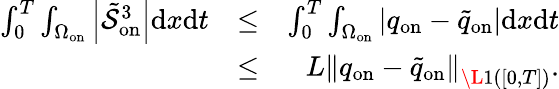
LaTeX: \begin{array}{rlr}{\int_{0}^{T}\int_{\Omega_{\mathrm{on}}}\left|\tilde{\mathcal{S}}_{\mathrm{on}}^{3}\right|\mathrm{d}x\mathrm{d}t}&{\leq}&{\int_{0}^{T}\int_{\Omega_{\mathrm{on}}}\left|q_{\mathrm{on}}-\tilde{q}_{\mathrm{on}}\right|\mathrm{d}x\mathrm{d}t}\\ &{\leq}&{{L}\left\| q_{\mathrm{on}}-\tilde{q}_{\mathrm{on}}\right\| _{\L{1}([0,T])}.}\end{array}